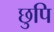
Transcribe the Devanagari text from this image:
छुपि